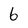
Character: 6